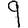
Digit: 9